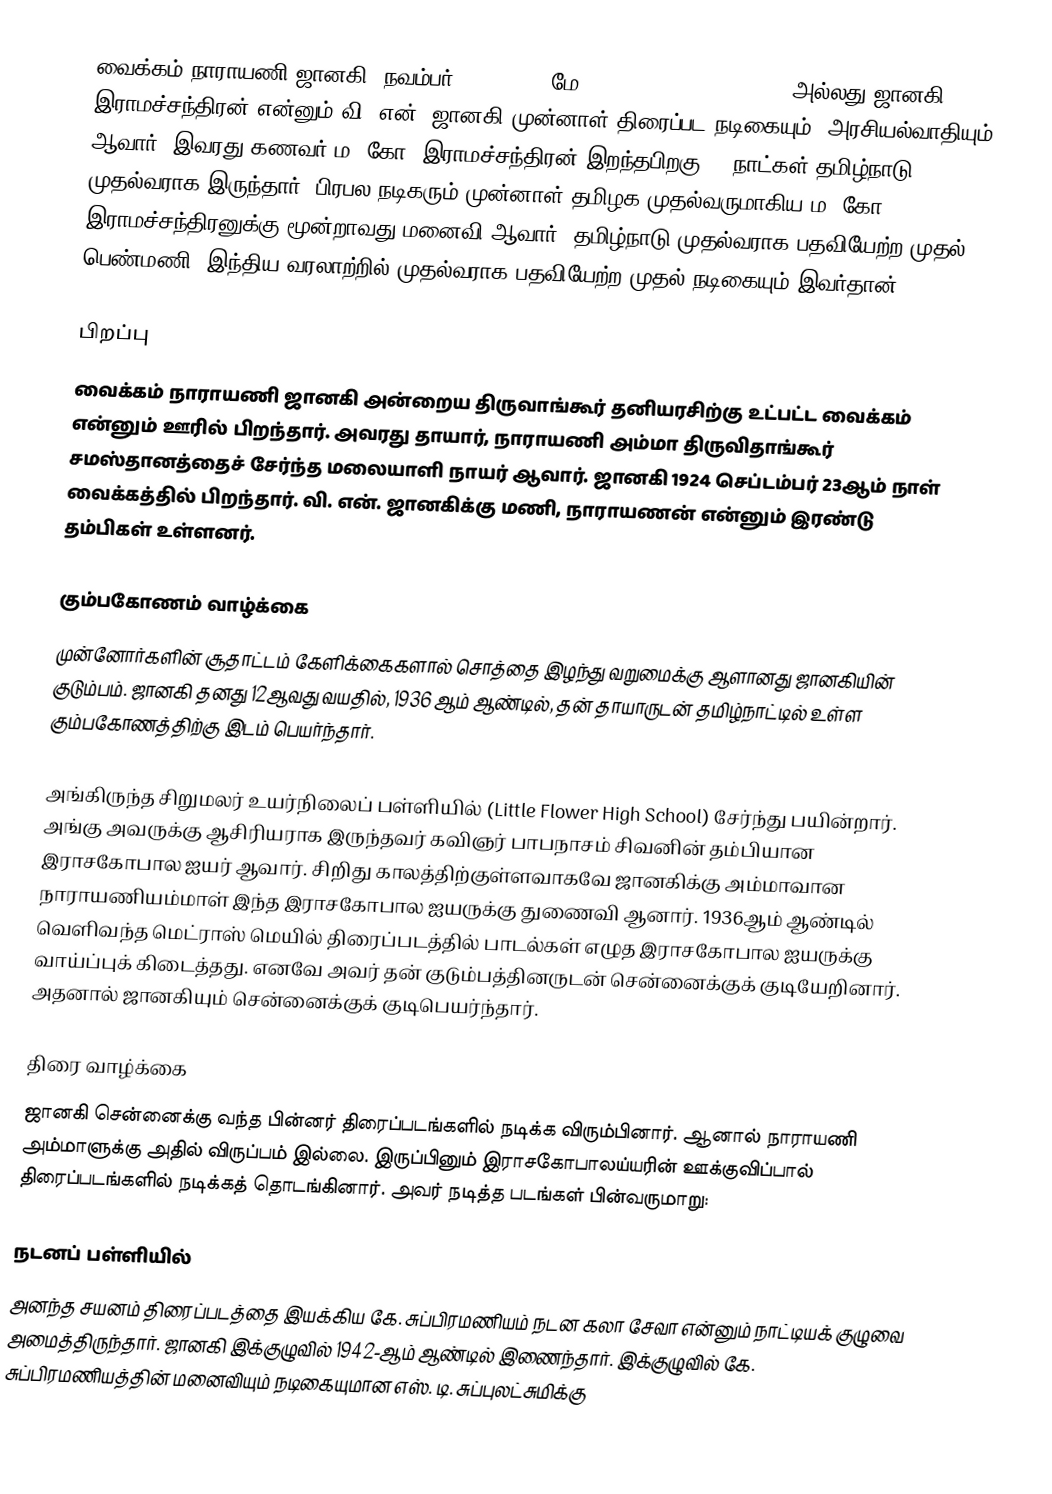
வைக்கம் நாராயணி ஜானகி (நவம்பர் 30, 1923 – மே 19, 1996)  (V. N. Janaki) அல்லது ஜானகி இராமச்சந்திரன்  என்னும் வி. என். ஜானகி முன்னாள் திரைப்பட நடிகையும், அரசியல்வாதியும் ஆவார். இவரது கணவர் ம. கோ. இராமச்சந்திரன் இறந்தபிறகு 23 நாட்கள் தமிழ்நாடு முதல்வராக இருந்தார். பிரபல நடிகரும் முன்னாள் தமிழக முதல்வருமாகிய ம. கோ. இராமச்சந்திரனுக்கு மூன்றாவது மனைவி ஆவார். தமிழ்நாடு முதல்வராக பதவியேற்ற முதல் பெண்மணி. இந்திய வரலாற்றில் முதல்வராக பதவியேற்ற முதல் நடிகையும் இவர்தான்.

பிறப்பு
வைக்கம் நாராயணி ஜானகி அன்றைய திருவாங்கூர் தனியரசிற்கு உட்பட்ட வைக்கம் என்னும் ஊரில் பிறந்தார். அவரது தாயார், நாராயணி அம்மா திருவிதாங்கூர் சமஸ்தானத்தைச் சேர்ந்த மலையாளி நாயர் ஆவார்.  ஜானகி 1924 செப்டம்பர் 23ஆம் நாள் வைக்கத்தில் பிறந்தார். வி. என். ஜானகிக்கு மணி, நாராயணன் என்னும் இரண்டு தம்பிகள் உள்ளனர்.

கும்பகோணம் வாழ்க்கை
முன்னோர்களின் சூதாட்டம் கேளிக்கைகளால் சொத்தை இழந்து வறுமைக்கு ஆளானது ஜானகியின் குடும்பம். ஜானகி தனது 12ஆவது வயதில், 1936 ஆம் ஆண்டில், தன் தாயாருடன் தமிழ்நாட்டில் உள்ள கும்பகோணத்திற்கு இடம் பெயர்ந்தார்.

அங்கிருந்த சிறுமலர் உயர்நிலைப் பள்ளியில் (Little Flower High School) சேர்ந்து பயின்றார். அங்கு அவருக்கு ஆசிரியராக இருந்தவர் கவிஞர் பாபநாசம் சிவனின் தம்பியான இராசகோபால ஐயர் ஆவார். சிறிது காலத்திற்குள்ளவாகவே ஜானகிக்கு அம்மாவான நாராயணியம்மாள் இந்த இராசகோபால ஐயருக்கு துணைவி ஆனார்.  1936ஆம் ஆண்டில் வெளிவந்த மெட்ராஸ் மெயில்   திரைப்படத்தில் பாடல்கள் எழுத இராசகோபால ஐயருக்கு வாய்ப்புக் கிடைத்தது. எனவே அவர் தன் குடும்பத்தினருடன் சென்னைக்குக் குடியேறினார். அதனால் ஜானகியும் சென்னைக்குக் குடிபெயர்ந்தார்.

திரை வாழ்க்கை
ஜானகி சென்னைக்கு வந்த பின்னர் திரைப்படங்களில் நடிக்க விரும்பினார். ஆனால் நாராயணி அம்மாளுக்கு அதில் விருப்பம்  இல்லை. இருப்பினும் இராசகோபாலய்யரின் ஊக்குவிப்பால் திரைப்படங்களில் நடிக்கத் தொடங்கினார். அவர் நடித்த படங்கள் பின்வருமாறு:

நடனப் பள்ளியில்
அனந்த சயனம் திரைப்படத்தை இயக்கிய கே. சுப்பிரமணியம் நடன கலா சேவா என்னும் நாட்டியக் குழுவை அமைத்திருந்தார். ஜானகி இக்குழுவில் 1942-ஆம் ஆண்டில் இணைந்தார். இக்குழுவில் கே. சுப்பிரமணியத்தின் மனைவியும் நடிகையுமான எஸ். டி. சுப்புலட்சுமிக்கு